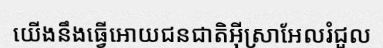
យើងនឹងធ្វើអោយជនជាតិអ៊ីស្រាអែលរំជួល